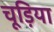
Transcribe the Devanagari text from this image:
चूड़िया